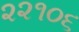
૨૨૧૦૬